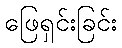
ဖြေရှင်းခြင်း